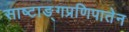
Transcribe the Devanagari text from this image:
साष्टाङ्गप्रणिपातेन